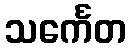
သင်္ကေတ